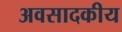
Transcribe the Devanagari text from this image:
अवसादकीय